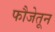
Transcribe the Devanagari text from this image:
फौजेतून